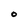
Character: O